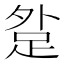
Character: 𨀑